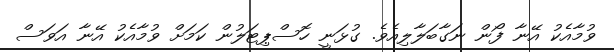
ވުމާއެކު އޭނާ ފޯން ނަގާބަލާލިއެވެ. ގުޅަނީ ހޮސްޕިޓަލުން ކަމަށް ވުމާއެކު އޭނާ އަވަސް